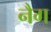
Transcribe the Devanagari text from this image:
नैग